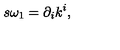
s \omega _ { 1 } = \partial _ { i } k ^ { i } ,